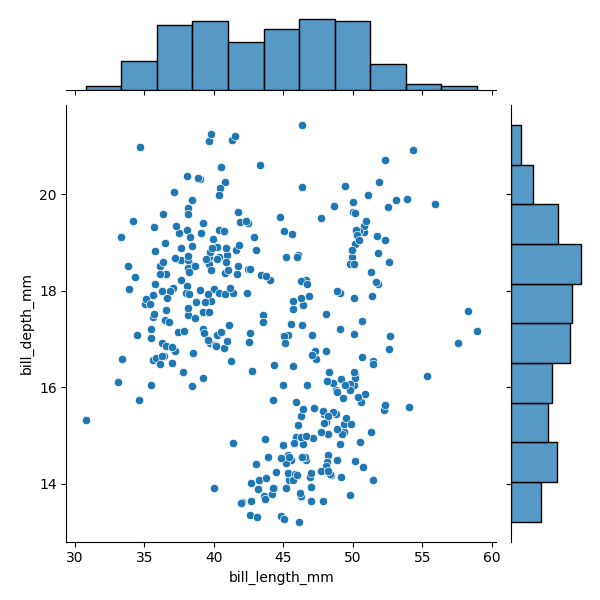
python, seaborn, JointGrid, scatterplot, histplot